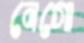
নেগো